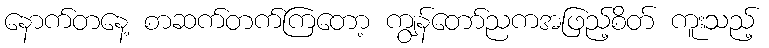
နောက်တနေ့ စာဆက်တက်ကြတော့ ကျွန်တော်ညကအဖြည့်စိတ် ကူးသည့်